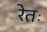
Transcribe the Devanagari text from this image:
रेतः